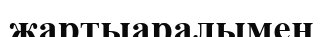
жартыаралымен